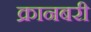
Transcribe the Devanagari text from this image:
क्रानबरी